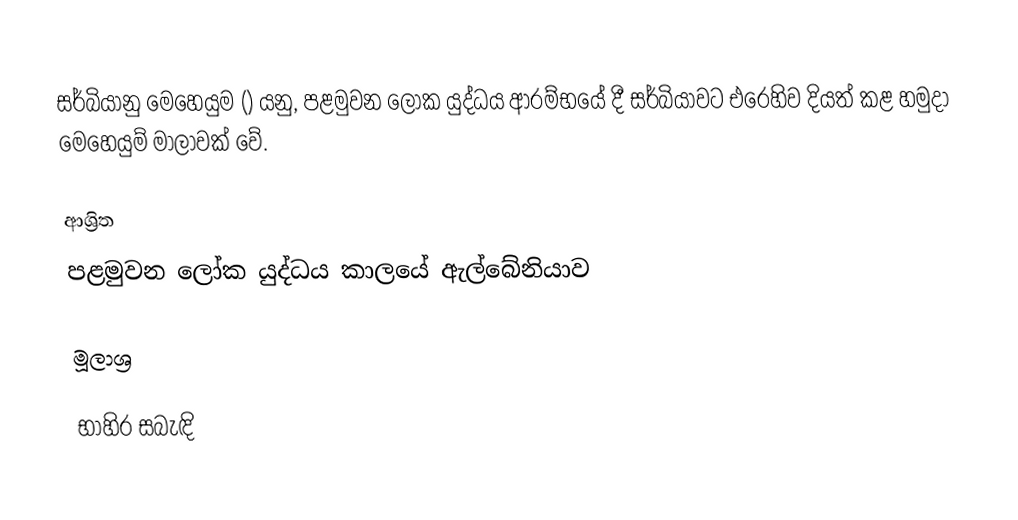
සර්බියානු මෙහෙයුම () යනු, පළමුවන ලෝක යුද්ධය ආරම්භයේ දී සර්බියාවට එරෙහිව දියත් කළ හමුදා මෙහෙයුම් මාලාවක් වේ.

ආශ්‍රිත
පළමුවන ලෝක යුද්ධය කාලයේ ඇල්බේනියාව

මූලාශ්‍ර

භාහිර සබැඳි